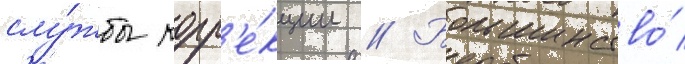
слу́жбы корр'е́кции // Большинство́